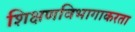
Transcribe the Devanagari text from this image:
शिक्षणविभागाकरता